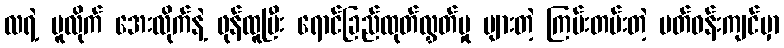
လရဲ့ ပူလိုက် အေးလိုက်နဲ့ ဖုန်ထူပြီး ရောင်ခြည်ထုတ်လွှတ်မှု များတဲ့ ကြမ်းတမ်းတဲ့ ပတ်ဝန်းကျင်မှာ